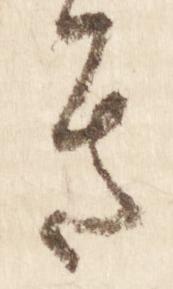
き